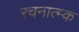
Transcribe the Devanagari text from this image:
रचनात्म्क